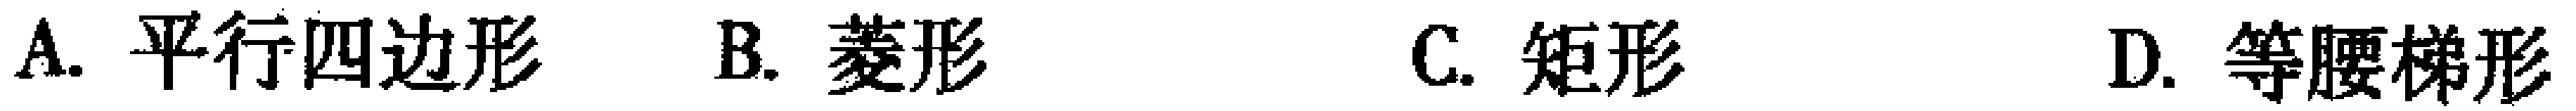
A. 平行四边形  B. 菱形  C. 矩形  D. 等腰梯形